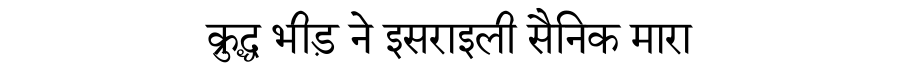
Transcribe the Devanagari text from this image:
क्रुद्ध भीड़ ने इसराइली सैनिक मारा